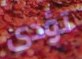
تؤدى